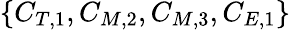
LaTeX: \{ C_{T,1},C_{M,2},C_{M,3},C_{E,1}\}